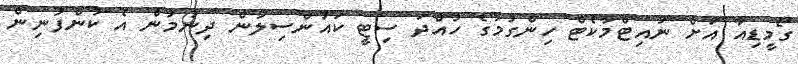
ގޯމީޑިއާ އަށް ނައިޓްމާކެޓް ހިންގުމުގެ ހުއްދަ ސިޓީ ކައުންސިލުން ދިނުމުން އެ ކުންފުނިން